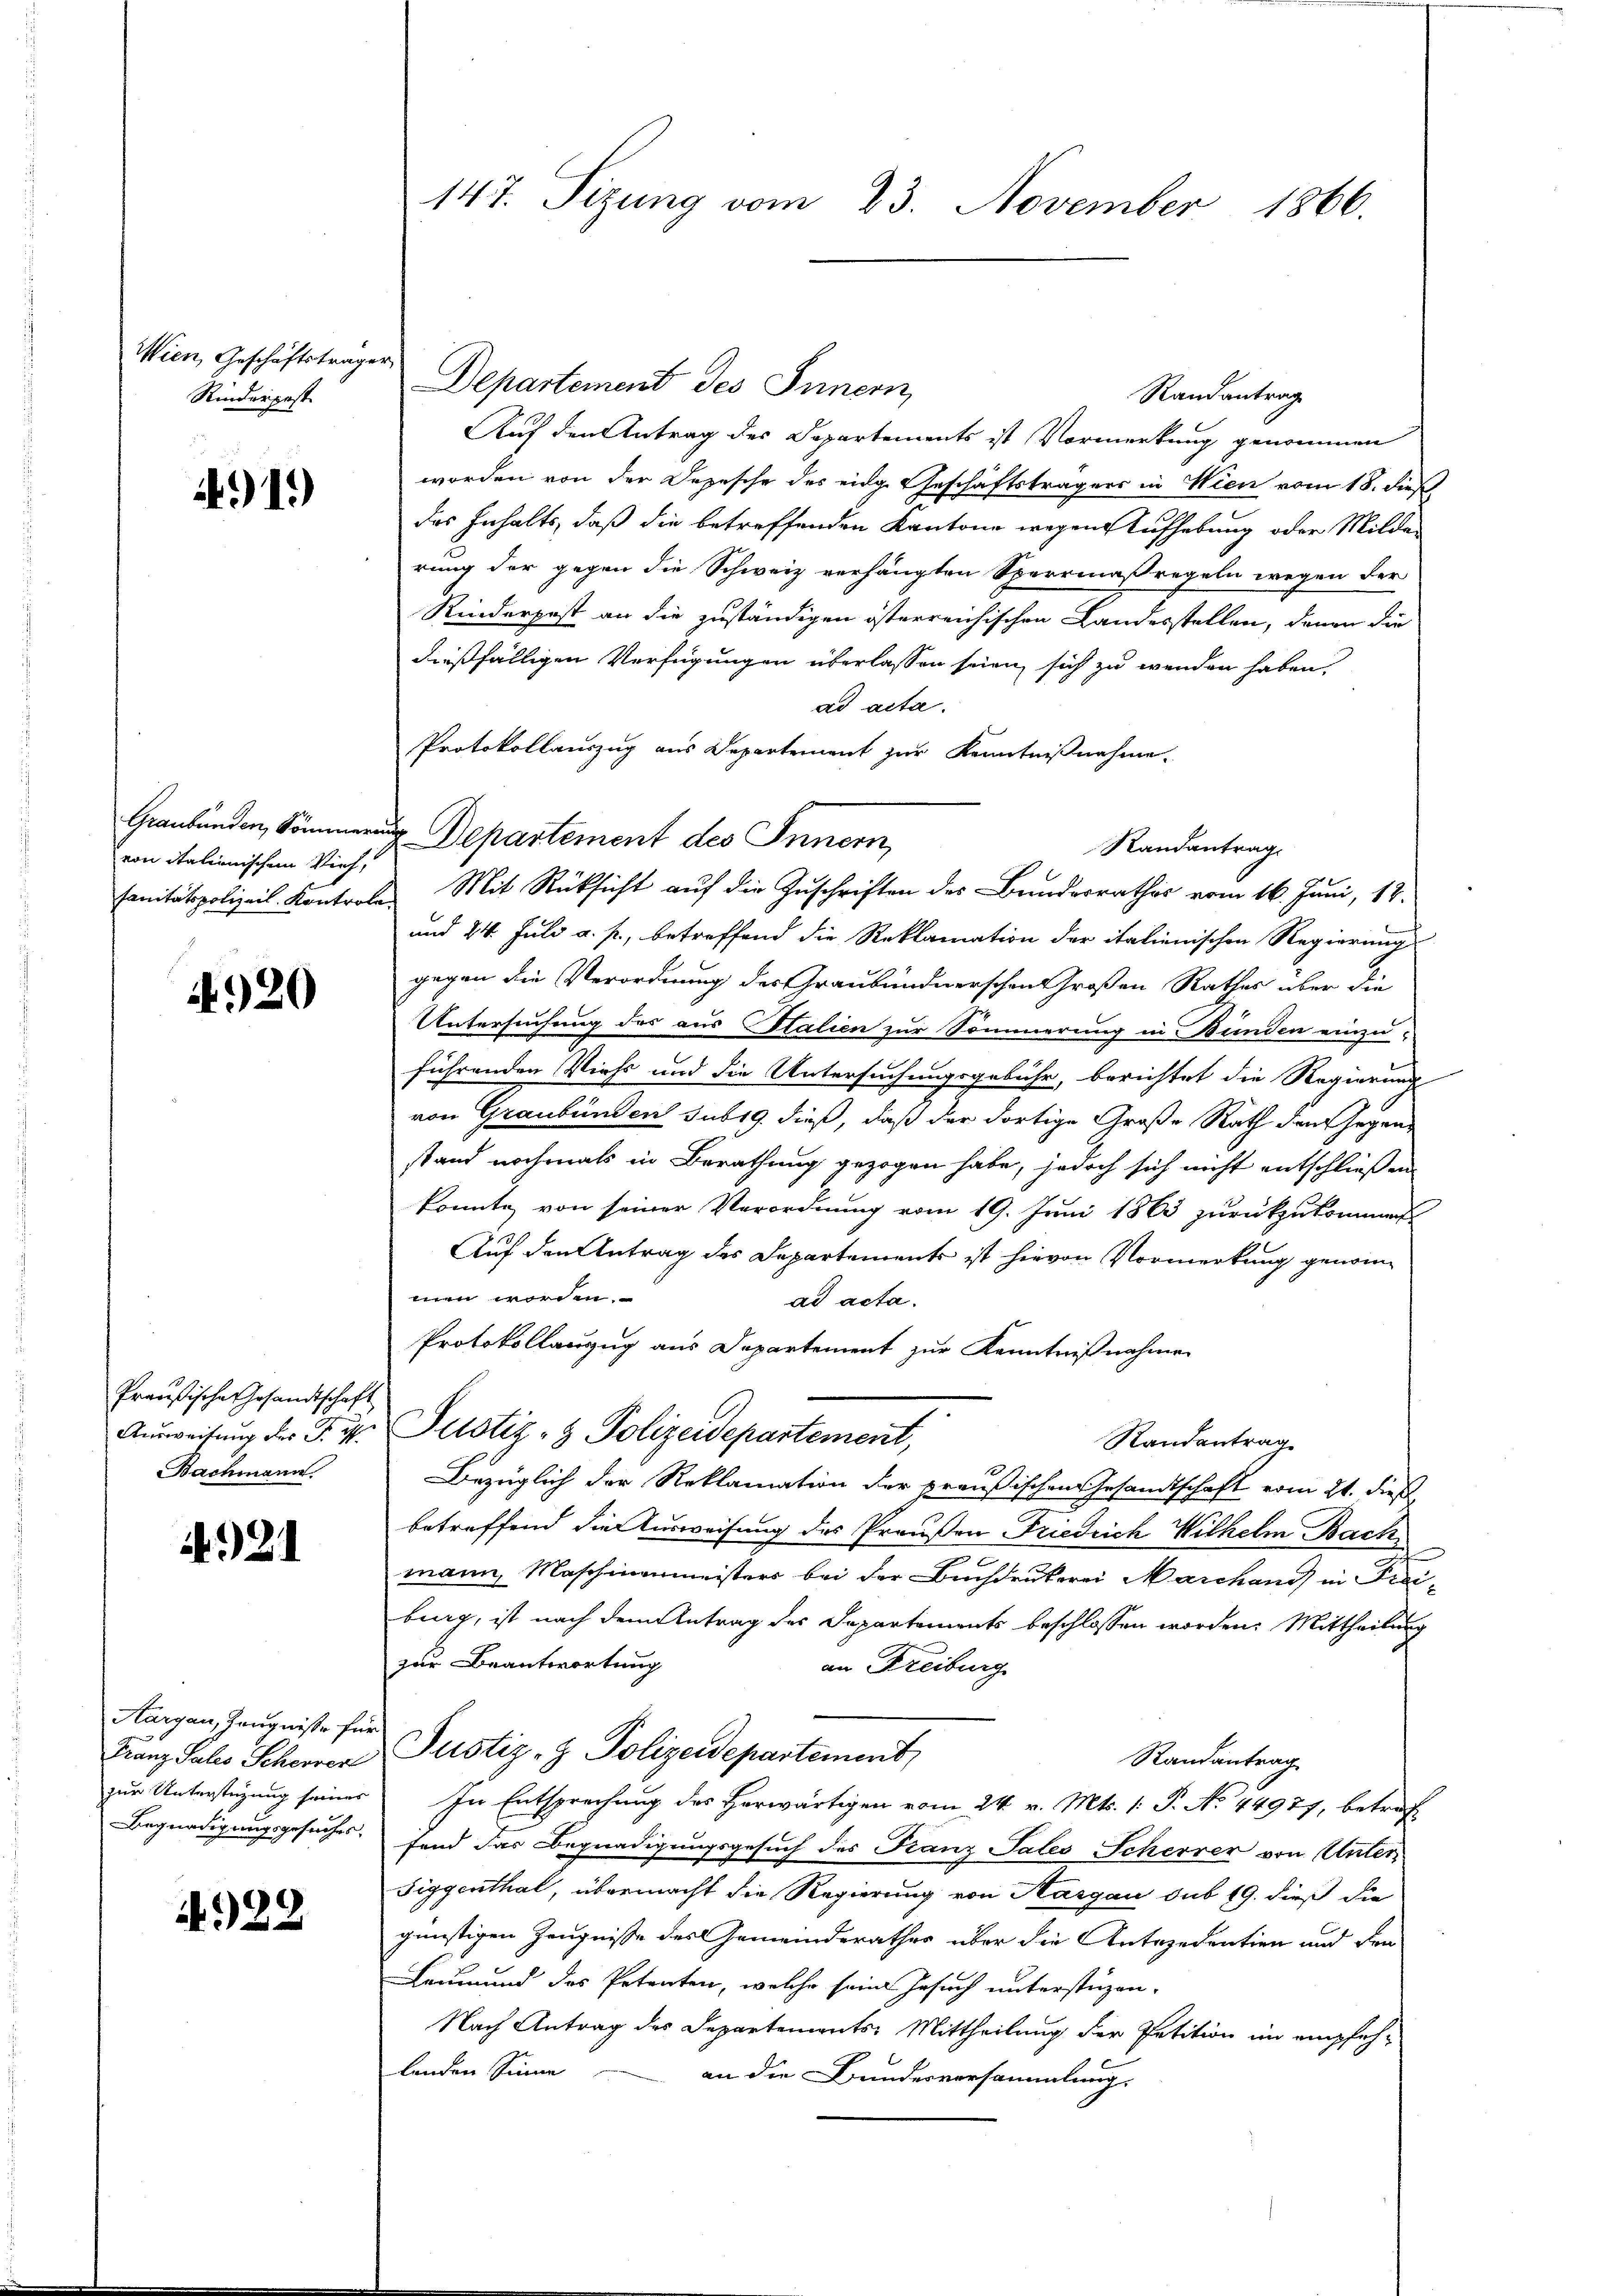
Wien, Geschäftsträger,
Rinderpest

491)

von italienischem Vieh,

4920

Preußische Gesandtschaft
Ausweisung des Fr. ist.
Bachmann

1.12.1

Aargau, Zeugnisse für

922

Departement des Innern,
Randantrag
Auf den Antrag des Departements ist Vormerkung genommen
worden von der Depesche des eidg. Geschäftsträgers in Wien vom 18. dieß
des Inhalts, daß die betreffenden Kantone wegen Aufhebung oder Milder
rung der gegen die Schweiz verhängten Sperrmaßregeln wegen der
Rinderpost an die zuständigen österreichischen Landesstellen, denen die
dießfälligen Verfügungen überlassen seien sich zu wenden haben.
ad acta.
Protokollauszug aus Departement zur Kenntnißnahme.
Graubünden, Kömmern Departement des Innern,
sanitätspolizeil. Kontrole Mit Rücksicht aŭf die Zŭschriften des Bruderrathes vom 16. Juni, 18.
und 24. Juli a. p., betreffend die Reklamation der italienischen Regierung
gegen die Verordnung des Graubündnerschen Großen Rathes über die
Untersuchung des aus talien zur Sommerung in Bunden einzuführenden Viehs und die Untersuchungsgebühr, berichtet die Regierung
von Graubünden sub 19. dieß, daß der dortige Große Rath dem Gegen-
stand nochmals in Berathung gezogen habe, jedoch sich nicht entschließen
konnte von seiner Verordnung vom 19. Juni 1863 zurückzukommen
Auf den Antrag des Departements ist hievon Vormerkung genommen worden.
ad acta.
Protokollanzug aus Departement zur Kenntnißnahmen
Justiz- & Polizeidepartement,
Randantrag
Bezüglich der Reklamation der preußischen Gesandtschaft vom 21. dieß
betreffend die Ausweisung des Proußon Friedrich Wilhelm Bach
mann, Maschinenmeisters bei der Buchdrukerei Marchand in Frei-
burg, ist nach dem Antrag des Departements beschlossen worden. Mittheilung
zur Beantwortung
an Freiburg
Franz Sales Scherren Justiz- & Polizeidepartement
Randantrag
zur Unterstüzung seiner In Entsprechung des Herwärtigen vom 24. v. Mts. (: P. No. 44977, betref
Begnadigungsgesuches. Fand das Begnadigungsgesuch des Franz Tales Scherrer von Unter¬
Siggenthal, übermacht die Regierung von Aargau sub 19. dieß die
günstigen Zeugnisse des Gemeinderathes über die Antecedention und den
Leumund des Petenten, welche seine Gesuch unterstüzen-
Nach Antrag des Departements-Mittheilung der Petition im empfeh-
lenden Sinne
an die Bundesversammlung.

147. Sizung vom 23. November 1866.

Randantrag